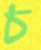
চ